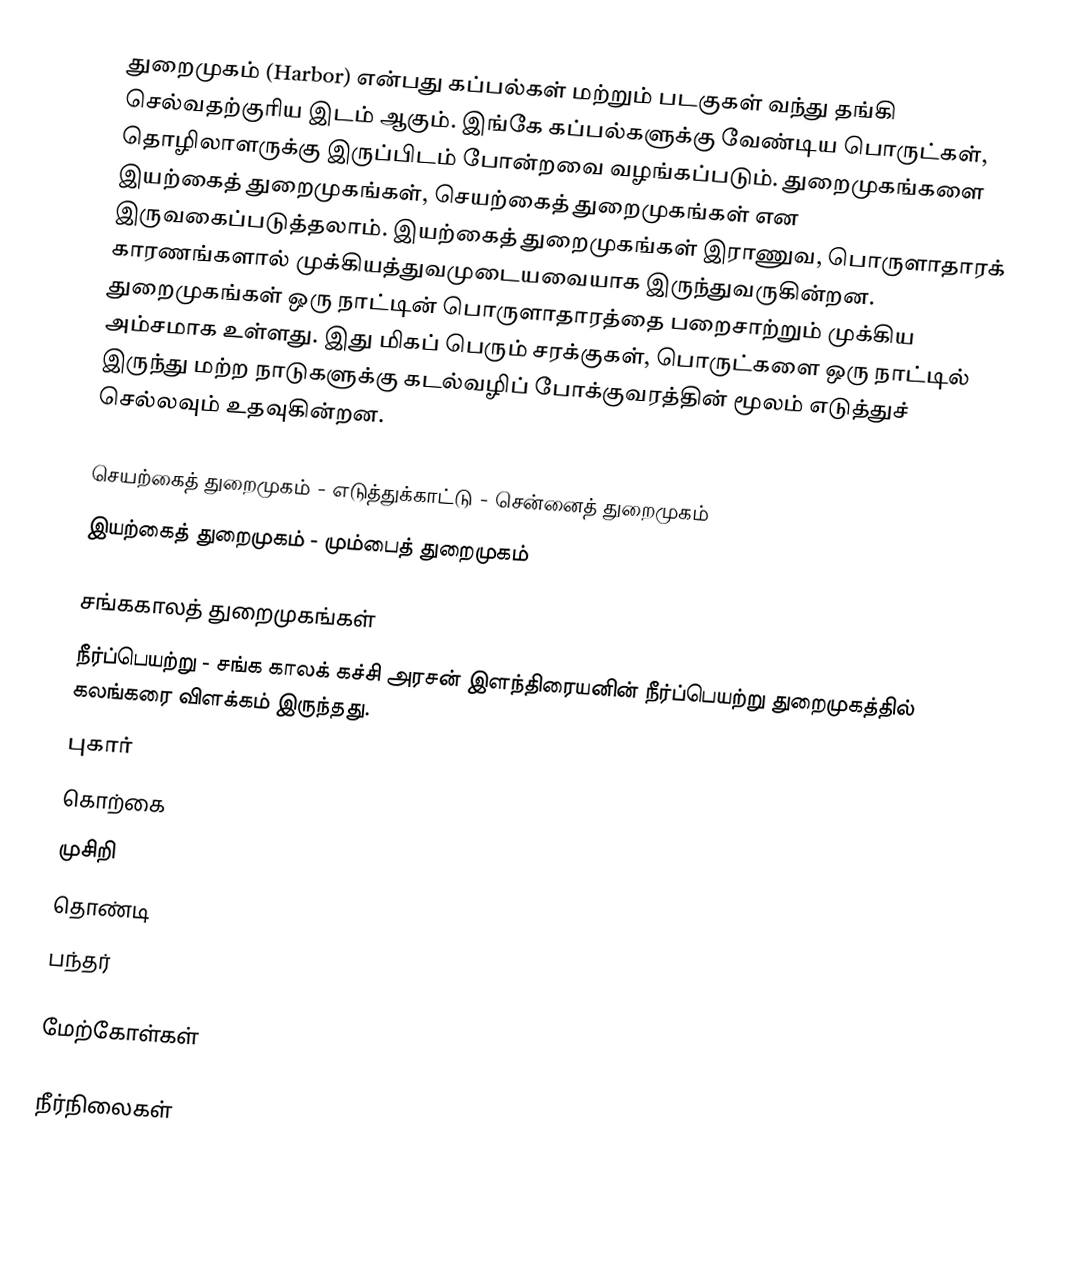
துறைமுகம் (Harbor) என்பது கப்பல்கள் மற்றும் படகுகள் வந்து தங்கி செல்வதற்குரிய இடம் ஆகும். இங்கே கப்பல்களுக்கு வேண்டிய பொருட்கள், தொழிலாளருக்கு இருப்பிடம் போன்றவை வழங்கப்படும். துறைமுகங்களை இயற்கைத் துறைமுகங்கள், செயற்கைத் துறைமுகங்கள் என இருவகைப்படுத்தலாம். இயற்கைத் துறைமுகங்கள் இராணுவ, பொருளாதாரக் காரணங்களால் முக்கியத்துவமுடையவையாக இருந்துவருகின்றன. துறைமுகங்கள் ஒரு நாட்டின் பொருளாதாரத்தை பறைசாற்றும் முக்கிய அம்சமாக உள்ளது. இது மிகப் பெரும் சரக்குகள், பொருட்களை ஒரு நாட்டில் இருந்து மற்ற நாடுகளுக்கு கடல்வழிப் போக்குவரத்தின் மூலம் எடுத்துச் செல்லவும் உதவுகின்றன.

 செயற்கைத் துறைமுகம் - எடுத்துக்காட்டு - சென்னைத் துறைமுகம்
 இயற்கைத் துறைமுகம் - மும்பைத் துறைமுகம்

சங்ககாலத் துறைமுகங்கள்
 நீர்ப்பெயற்று - சங்க காலக் கச்சி அரசன் இளந்திரையனின் நீர்ப்பெயற்று துறைமுகத்தில் கலங்கரை விளக்கம் இருந்தது.
 புகார்
 கொற்கை
 முசிறி
 தொண்டி
 பந்தர்

மேற்கோள்கள்

நீர்நிலைகள்